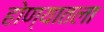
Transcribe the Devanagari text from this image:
होण्यातला